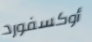
أوكسفورد